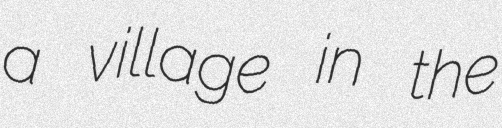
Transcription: a village in the